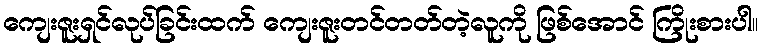
ကျေးဇူးရှင်လုပ်ခြင်းထက် ကျေးဇူးတင်တတ်တဲ့လူကို ဖြစ်အောင် ကြိုးစားပါ။